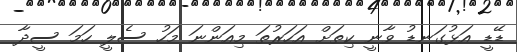
ޑޭޑީ އަޅުގަނޑު ވާނީ ކިތަށް އަހަރުތަ މިއަންނަ މަހު ސެލީ ހަމަ ސީދާ